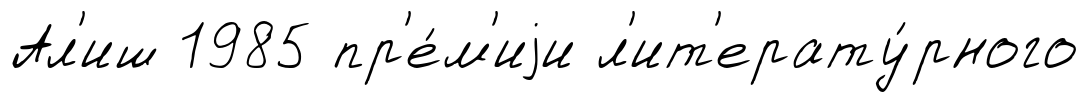
Ал'иш 1985 пр'е́м'иjи л'ит'ерату́рного